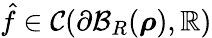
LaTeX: \hat{f}\in\mathcal{C}(\partial\mathcal{B}_{R}({\boldsymbol\rho}),\mathbb{R})